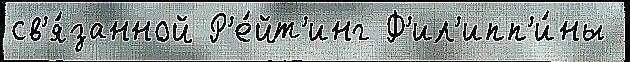
св'я́занной Р'е́йт'инг Ф'ил'ипп'и́ны